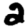
Digit: 2